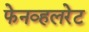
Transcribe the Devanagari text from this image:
फेनव्हलरेट